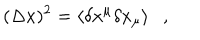
( \Delta x ) ^ { 2 } = \langle \delta x ^ { \mu } \delta x _ { \mu } \rangle ,